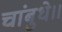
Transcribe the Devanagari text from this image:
चांबुधे।।